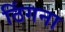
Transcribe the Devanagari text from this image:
ठिंगना